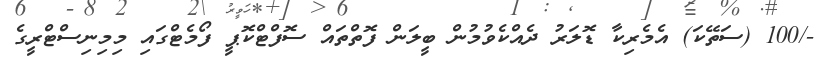
-/100 (ސަތޭކަ) އެމެރިކާ ޑޮލަރު ދެއްކެވުމުން ބީލަން ފޮތްތައް ސޮފްޓްކޮޕީ ފޯމެޓްގައި މިމިނިސްޓްރީގެ